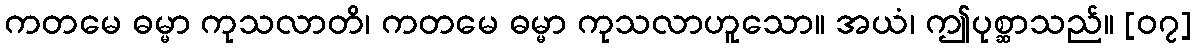
ကတမေ ဓမ္မာ ကုသလာတိ၊ ကတမေ ဓမ္မာ ကုသလာဟူသော။ အယံ၊ ဤပုစ္ဆာသည်။ [၀၇]